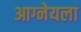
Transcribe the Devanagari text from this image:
आग्नेयला